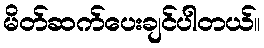
မိတ်ဆက်ပေးချင်ပါတယ်။